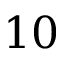
1 0